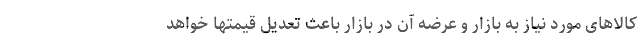
کالاهای مورد نیاز به بازار و عرضه آن در بازار باعث تعدیل قیمتها خواهد